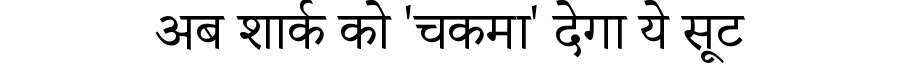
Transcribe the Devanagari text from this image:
अब शार्क को 'चकमा' देगा ये सूट